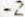
-2